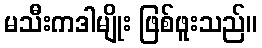
မသီးကဒါမျိုး ဖြစ်ဖူးသည်။